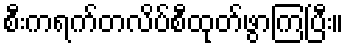
စီးကရက်တလိပ်စီထုတ်ဖွာကြပြီး။